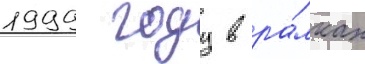
1999 году в ра́мках